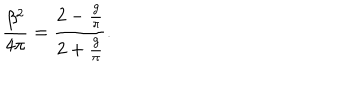
{ \frac { \beta ^ { 2 } } { 4 \pi } } = { \frac { 2 - { \frac { g } { \pi } } } { 2 + { \frac { g } { \pi } } } } .